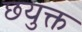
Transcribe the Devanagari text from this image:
छयुक्त